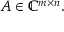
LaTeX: A \in \mathbb { C } ^ { m \times n } .